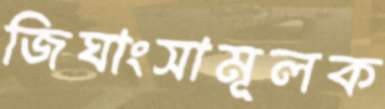
জিঘাংসামূলক